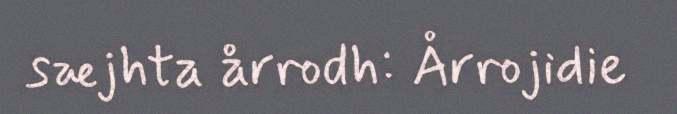
sæjhta årrodh: Årrojidie